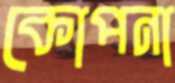
কোপনা